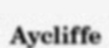
Aycliffe